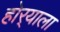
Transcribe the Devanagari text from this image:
होर्‍याला